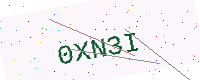
Text: 0XN3I